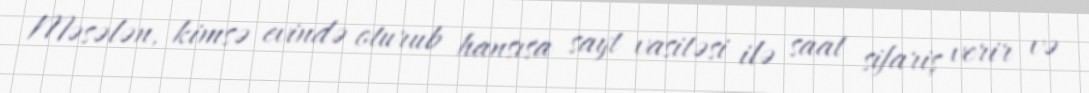
Məsələn, kimsə evində oturub hansısa sayt vasitəsi ilə saat sifariş verir və